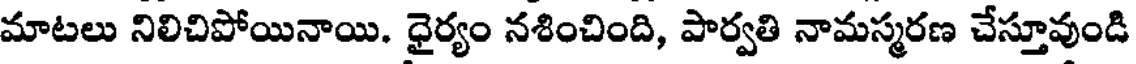
మాటలు నిలిచిపోయినాయి. ధైర్యం నశించింది, పార్వతి నామస్మరణ చేస్తూవుండి